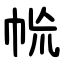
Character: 㡃